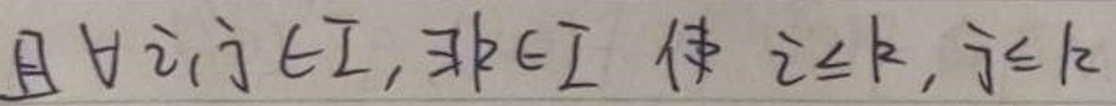
且 $\forall i,j\in I,\exists k\in I$ 使 $i\leq k,j\leq k$